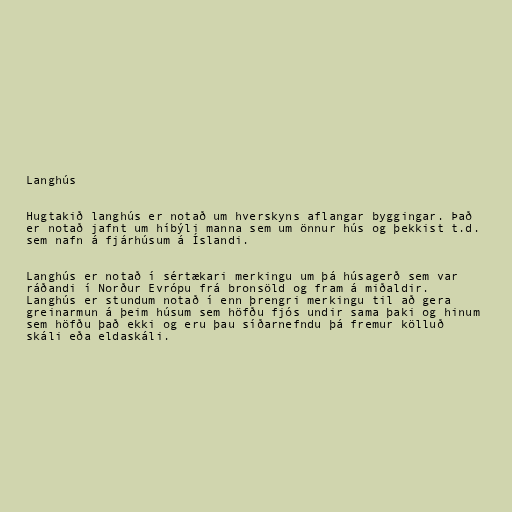
Langhús

Hugtakið langhús er notað um hverskyns aflangar byggingar. Það
er notað jafnt um híbýli manna sem um önnur hús og þekkist t.d.
sem nafn á fjárhúsum á Íslandi.

Langhús er notað í sértækari merkingu um þá húsagerð sem var
ráðandi í Norður Evrópu frá bronsöld og fram á miðaldir.
Langhús er stundum notað í enn þrengri merkingu til að gera
greinarmun á þeim húsum sem höfðu fjós undir sama þaki og hinum
sem höfðu það ekki og eru þau síðarnefndu þá fremur kölluð
skáli eða eldaskáli.